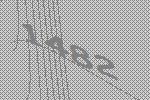
1482